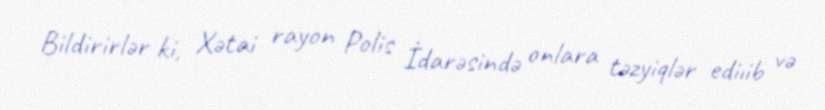
Bildirirlər ki, Xətai rayon Polis İdarəsində onlara təzyiqlər ediıib və